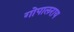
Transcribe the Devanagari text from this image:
गोपालराय